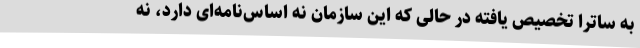
به ساترا تخصیص یافته در حالی که این سازمان نه اساس‌نامه‌ای دارد، نه